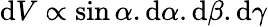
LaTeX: {\textrm{d}}V\propto\sin\alpha.{\textrm{d}}\alpha.{\textrm{d}}\beta.{\textrm{d}}\gamma